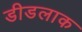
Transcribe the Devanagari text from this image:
डीडलाक